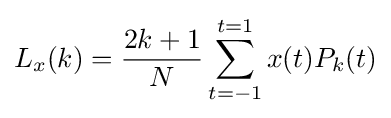
L_{x}(k)={\frac {2k+1}{N}}\sum _{t=-1}^{t=1}x(t)P_{k}(t)